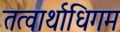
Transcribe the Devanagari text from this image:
तत्वार्थाधिगम